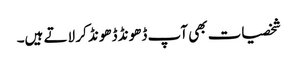
شخصیات بھی آپ ڈھونڈ ڈھونڈ کر لاتے ہیں۔